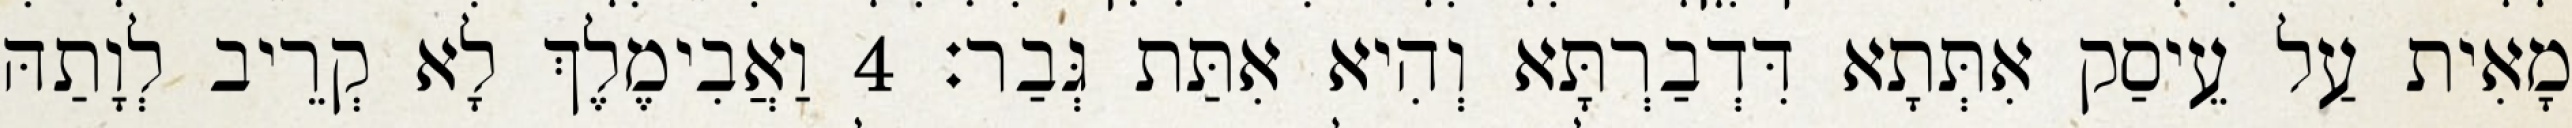
מָאִית עַל עֵיסַק אִתְּתָא דִּדְבַרְתָּא וְהִיא אִתַּת גְּבַר׃ 4 וַאֲבִימֶלֶךְ לָא קְרֵיב לְוָתַהּ